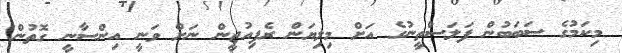
މިކަމުގެ ސަބަބުން ފަލަސްތީނުގެ އަށް މިލިޔަން ރެފިއުޖީން ނަށް ވަނީ އިންސާނީ ގޮތުން